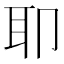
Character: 𫆀